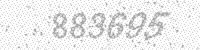
Solution: 883695